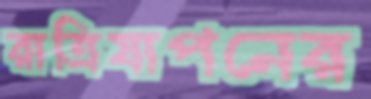
রাত্রিযাপনের